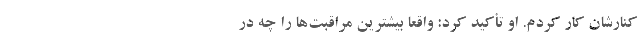
کنارشان کار کردم. او تأکید کرد: واقعاً بیشترین مراقبت‌ها را چه در